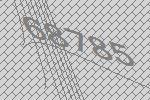
68785